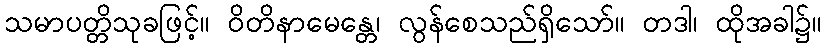
သမာပတ္တိသုခဖြင့်။ ဝိတိနာမေန္တေ၊ လွန်စေသည်ရှိသော်။ တဒါ၊ ထိုအခါ၌။